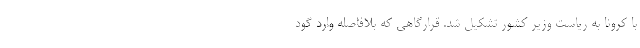
با کرونا به ریاست وزیر کشور تشکیل شد. قرارگاهی که بلافاصله وارد گود